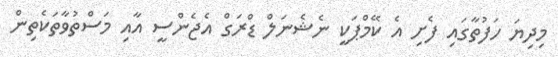
މިދިޔަ ހަފުތާގައި ފެށި އެ ކޭމްޕަކީ ނެޝެނަލް ޑްރަގް އެޖެންސީ އާއި މަސްތުވާތަކެތިން